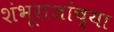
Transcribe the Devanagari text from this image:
शंभूराजांच्या